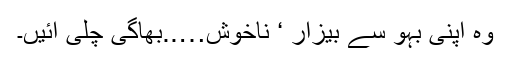
وہ اپنی بہو سے بیزار ‘ ناخوش…..بھاگی چلی آئیں۔